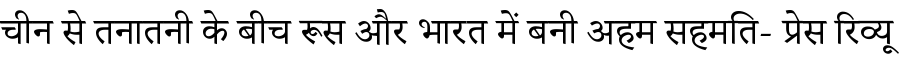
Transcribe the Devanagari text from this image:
चीन से तनातनी के बीच रूस और भारत में बनी अहम सहमति- प्रेस रिव्यू